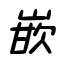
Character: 嵌